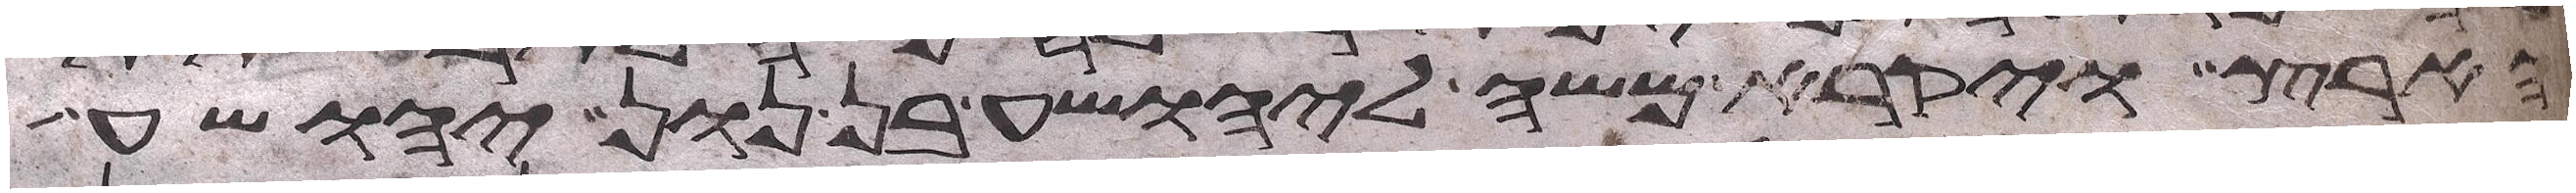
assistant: הארץ ויקרא משה ליהושע בן נון יהושע